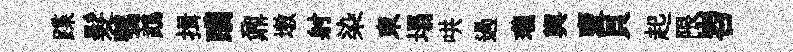
蹀髮鶚鵡揖躪鼐墩射染束塌哄過瓏輿褏貝起限岧